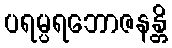
ပရမ္ပရဘောဇနန္တိ